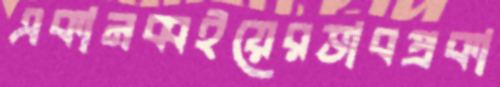
একানব্বইয়েরভাবপ্রকা